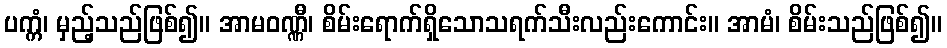
ပက္ကံ၊ မှည့်သည်ဖြစ်၍။ အာမဝဏ္ဏီ၊ စိမ်းရောက်ရှိသောသရက်သီးလည်းကောင်း။ အာမံ၊ စိမ်းသည်ဖြစ်၍။